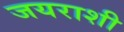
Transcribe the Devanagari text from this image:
जयराशी